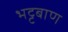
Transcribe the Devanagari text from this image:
भट्टबाण